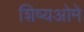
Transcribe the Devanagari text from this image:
शिष्यओमे